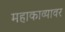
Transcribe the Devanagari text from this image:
महाकाव्यावर